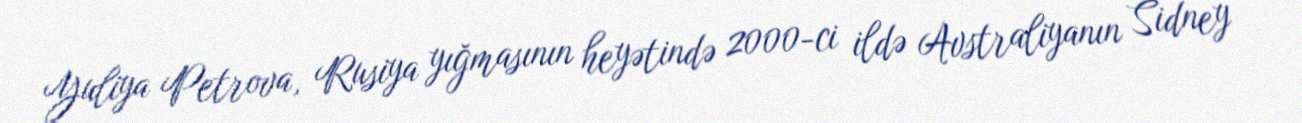
Yuliya Petrova, Rusiya yığmasının heyətində 2000-ci ildə Avstraliyanın Sidney